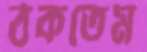
ঠকতেম